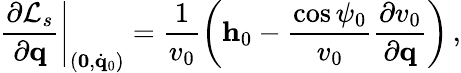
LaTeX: \left.\frac{\partial{\cal L}_{s}}{\partial{\mathbf q}}\right|_{({\mathbf 0},\dot{\mathbf q}_{0})}=\frac{1}{v_{0}}\left({\mathbf h}_{0}-\frac{\cos\psi_{0}}{v_{0}}\frac{\partial v_{0}}{\partial{\mathbf q}}\right)\, ,